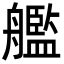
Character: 艦